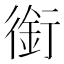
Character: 銜